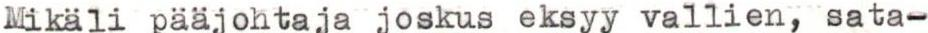
Mikali pääjohtaja joskus eksyy vallien, sata-